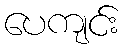
ပေကျင်း